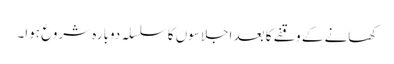
کھانے کے وقفے کا بعد اجلاسوں کا سلسلہ دوبارہ شروع ہوا۔